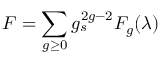
{ \cal F } = \sum _ { g \geq 0 } g _ { s } ^ { 2 g - 2 } { \cal F } _ { g } ( \lambda )